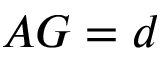
A G = d